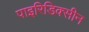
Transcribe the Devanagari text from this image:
पाइरिडिक्सीन